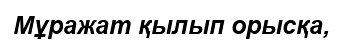
Мұражат қылып орысқа,